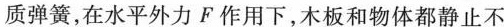
质弹簧，在水平外力 F 作用下，木板和物体都静止不